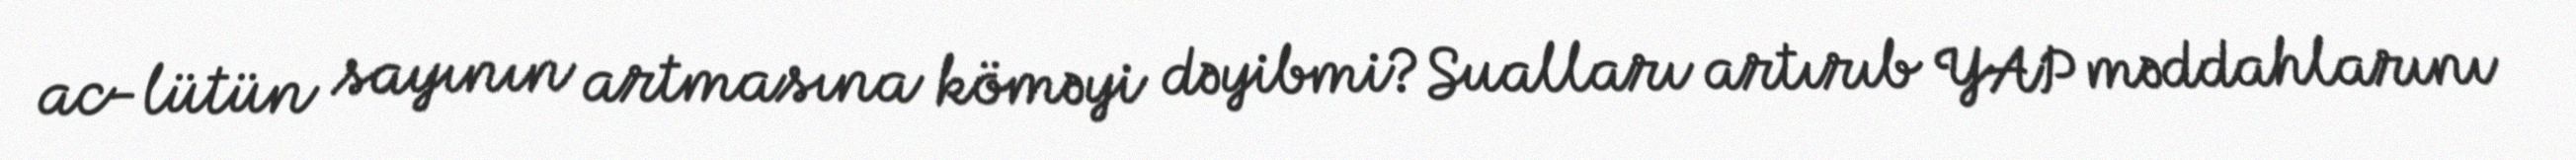
ac-lütün sayının artmasına köməyi dəyibmi?Sualları artırıb YAP məddahlarını